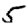
Digit: 5